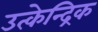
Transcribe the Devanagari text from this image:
उत्केन्द्रिक